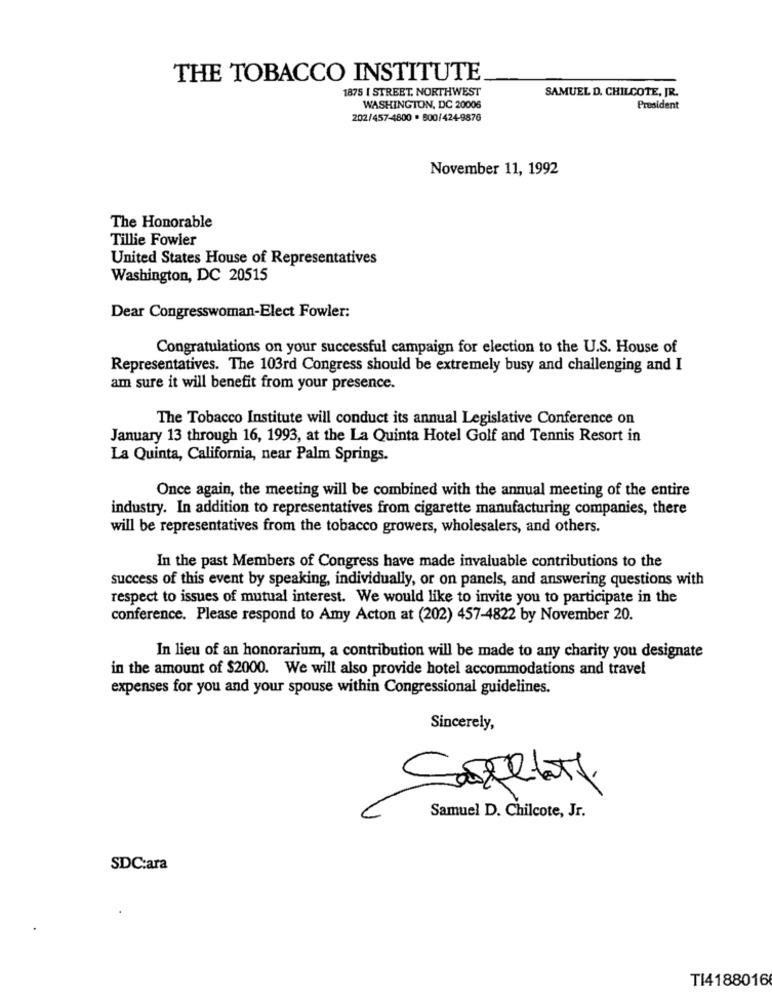
THE TOBACCO INSTITUTE
1875 I STREET. NORTHWEST
SAMUEL D. CHILCOTE, JR.
WASHINGTON, DC 20006
President
202/457-4800 · 800/424-9876
November 11, 1992
The Honorable
Tillie Fowler
United States House of Representatives
Washington, DC 20515
Dear Congresswoman-Elect Fowler:
Congratulations on your successful campaign for election to the U.S. House of
Representatives. The 103rd Congress should be extremely busy and challenging and I
am sure it will benefit from your presence.
The Tobacco Institute will conduct its annual Legislative Conference on
January 13 through 16, 1993, at the La Quinta Hotel Golf and Tennis Resort in
La Quinta, California, near Palm Springs.
Once again, the meeting will be combined with the annual meeting of the entire
industry. In addition to representatives from cigarette manufacturing companies, there
will be representatives from the tobacco growers, wholesalers, and others.
In the past Members of Congress have made invaluable contributions to the
success of this event by speaking, individually, or on panels, and answering questions with
respect to issues of mutual interest. We would like to invite you to participate in the
conference. Please respond to Amy Acton at (202) 457-4822 by November 20.
In lieu of an honorarium, a contribution will be made to any charity you designate
in the amount of $2000. We will also provide hotel accommodations and travel
expenses for you and your spouse within Congressional guidelines.
Sincerely,
Samuel D. Chilcote, Jr.
SDC:ara
TI4188016